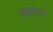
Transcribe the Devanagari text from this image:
डावास